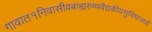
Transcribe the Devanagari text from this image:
गावात१निवासीवबाह्यरुग्णवैद्यकीयसुविधाआहे